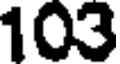
103